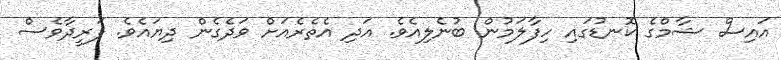
އައިސް ޝާމްގެ ކޮނޑުގައި ހިފާލަމުން ބުނެލިއެވެ. އަދި އެތެރެއަށް ވަދެގެން ދިޔައެވެ. ފަރީދާވެސް